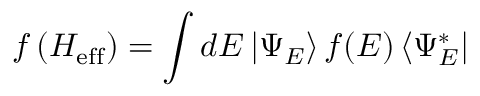
f \left( H _ { \mathrm { e f f } } \right) = \int d E \left| \Psi _ { E } \right\rangle f ( E ) \left\langle \Psi _ { E } ^ { * } \right|